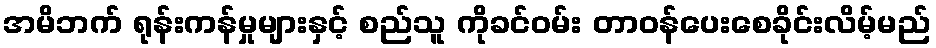
အမိဘက် ရုန်းကန်မှုများနှင့် စည်သူ ကိုခင်ဝမ်း တာဝန်ပေးစေခိုင်းလိမ့်မည်